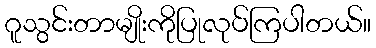
ဂူသွင်းတာမျိုးကိုပြုလုပ်ကြပါတယ်။